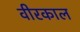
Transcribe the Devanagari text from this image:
वीरकाल